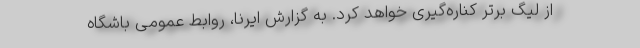
از لیگ برتر کناره‌گیری خواهد کرد. به گزارش ایرنا، روابط عمومی باشگاه